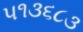
૫૧૩૬૮૩